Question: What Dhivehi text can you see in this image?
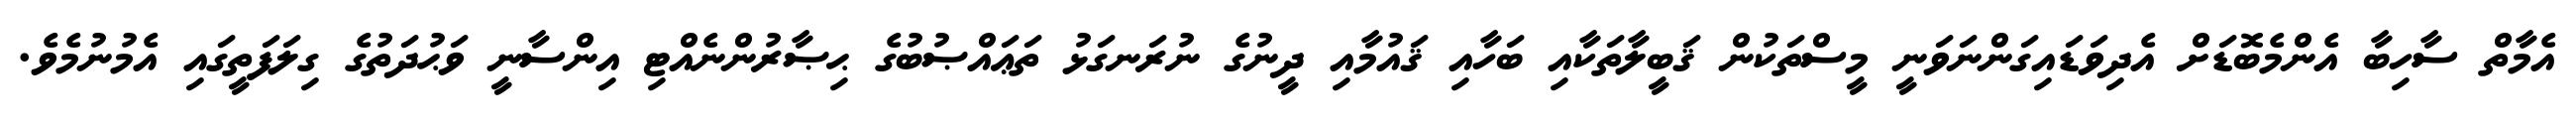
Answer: އެމާތް ސާހިބާ އެންމެބޮޑަށް އެދިވަޑައިގަންނަވަނީ މީސްތަކުން ޤަބީލާތަކާއި ބަހާއި ޤައުމާއި ދީނުގެ ނުރަނގަޅު ތަޢައްޞުބުގެ ޙިޞާރުންނެއްޓި އިންސާނީ ވަޙުދަތުގެ ގިލަފަތީގައި އެމުނުމެވެ.